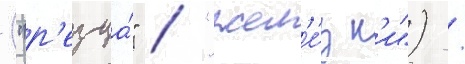
("р'езца́" / "жел'е́зк'и") /